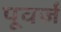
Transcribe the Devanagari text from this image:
पूवर्ज